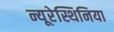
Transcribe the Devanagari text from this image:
न्यूरेस्थिनिया